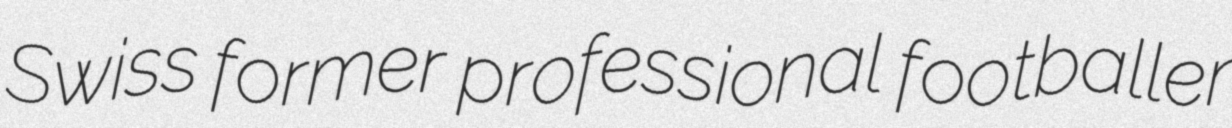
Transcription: Swiss former professional footballer